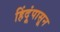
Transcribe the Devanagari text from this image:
हिंदूंपासून